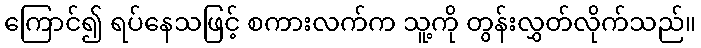
ကြောင်၍ ရပ်နေသဖြင့် စကားလက်က သူ့ကို တွန်းလွှတ်လိုက်သည်။